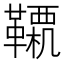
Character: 𩍊